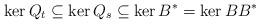
LaTeX: \begin{align*}\ker Q_t \subseteq \ker Q_s \subseteq \ker B^*=\ker BB^*\end{align*}